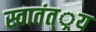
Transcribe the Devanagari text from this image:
स्वातंत््रय